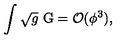
\int \sqrt { g } \ \mathrm { G } = { \cal O } ( \phi ^ { 3 } ) ,